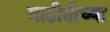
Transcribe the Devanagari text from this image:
माहीतीच्या